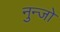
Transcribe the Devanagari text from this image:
नुन्जो